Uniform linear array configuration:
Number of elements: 24
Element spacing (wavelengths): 0.75
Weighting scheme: hann
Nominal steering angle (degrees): -60
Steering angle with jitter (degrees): -61.249
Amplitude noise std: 0.05
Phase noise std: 0.05

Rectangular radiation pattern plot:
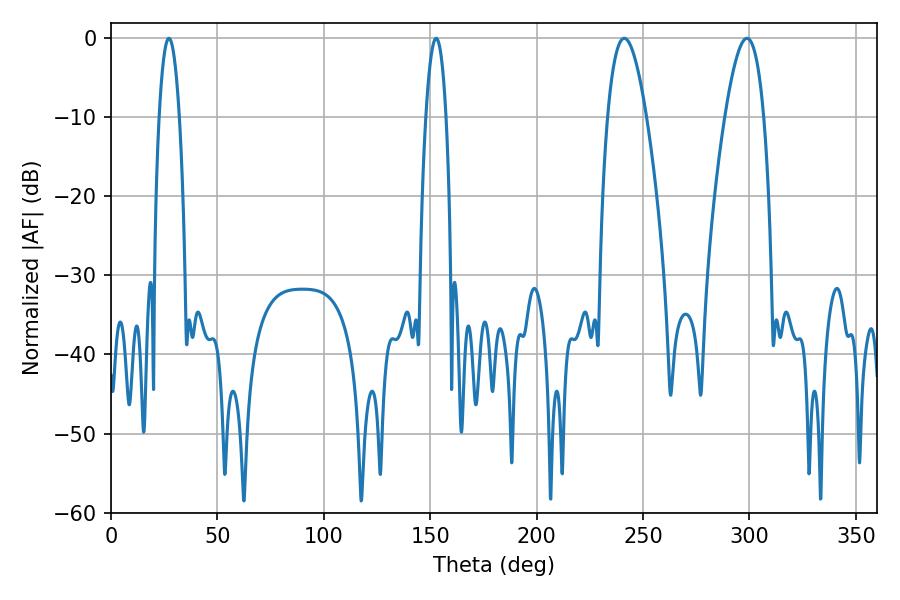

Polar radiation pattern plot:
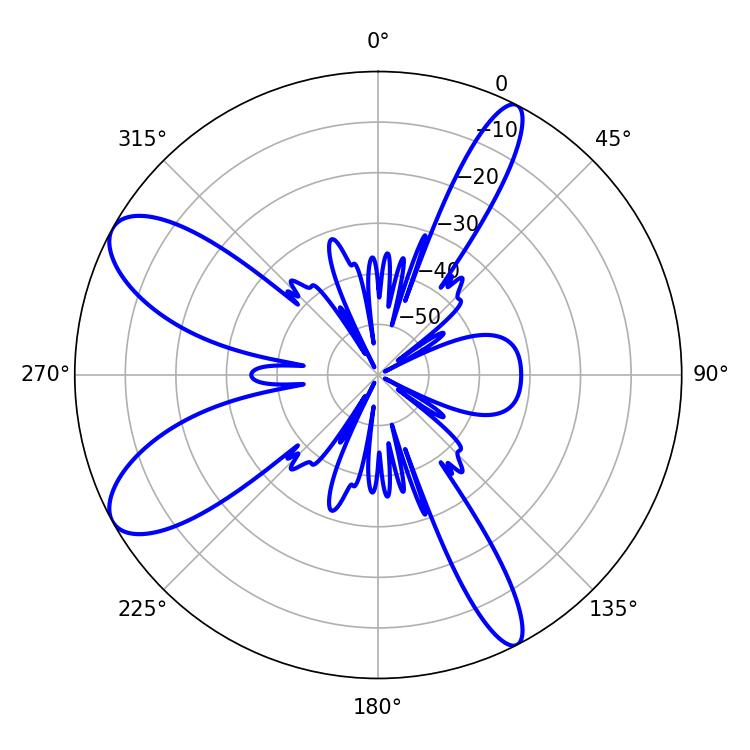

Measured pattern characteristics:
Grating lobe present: TRUE
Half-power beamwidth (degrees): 10.08
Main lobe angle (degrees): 241.2